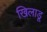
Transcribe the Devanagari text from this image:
खिलाडू